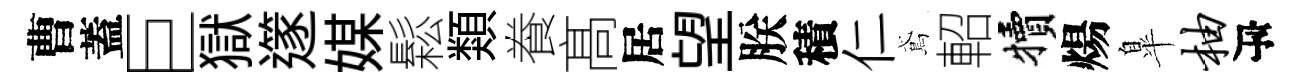
曹蓋巨獄𨗹媒鬆類飬髙居望朕積仁鳶軺犢煬臯柚瓴